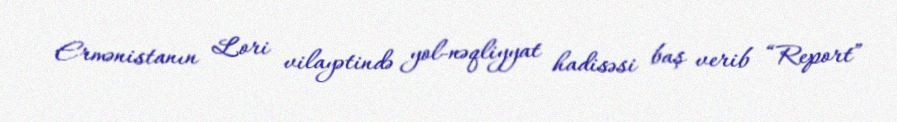
Ermənistanın Lori vilayətində yol-nəqliyyat hadisəsi baş verib “Report”